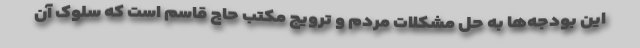
این بودجه‌ها به حل مشکلات مردم و ترویج مکتب حاج قاسم است که سلوک آن